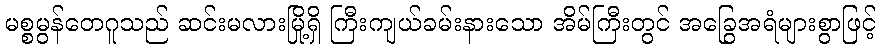
မစ္စမွန်တေဂူသည် ဆင်းမလားမြို့ရှိ ကြီးကျယ်ခမ်းနားသော အိမ်ကြီးတွင် အခြွေအရံများစွာဖြင့်